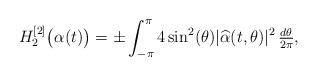
\begin{align*}H_2^{[2]}\bigl(\alpha(t)\bigr) = \pm\int_{-\pi}^\pi 4\sin^2(\theta) |\widehat{\alpha}(t,\theta)|^2\,\tfrac{d\theta}{2\pi},\end{align*}